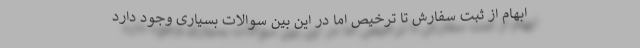
ابهام از ثبت سفارش تا ترخیص اما در این بین سوالات بسیاری وجود دارد